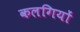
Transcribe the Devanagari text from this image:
कलगियों